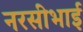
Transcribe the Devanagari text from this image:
नरसीभाई